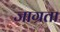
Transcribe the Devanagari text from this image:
जाग्रता